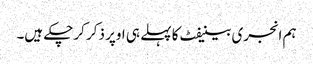
ہم انجری بینیفٹ کا پہلے ہی اوپر ذکر کرچکے ہیں۔